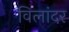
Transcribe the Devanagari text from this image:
विलांदर